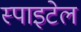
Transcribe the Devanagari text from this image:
स्पाइटेल